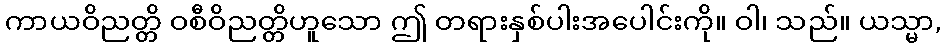
ကာယဝိညတ္တိ ဝစီဝိညတ္တိဟူသော ဤ တရားနှစ်ပါးအပေါင်းကို။ ဝါ၊ သည်။ ယသ္မာ,